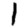
Digit: 1